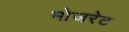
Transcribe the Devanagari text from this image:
मोजरेट